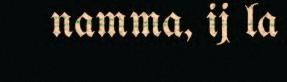
namma, ij la